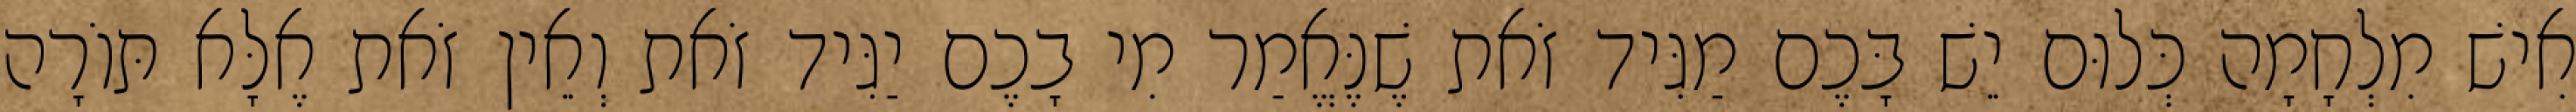
אִישׁ מִלְחָמָה כְּלוּם יֵשׁ בָּכֶם מַגִּיד זֹאת שֶׁנֶּאֱמַר מִי בָכֶם יַגִּיד זֹאת וְאֵין זֹאת אֶלָּא תּוֹרָה